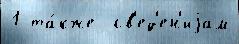
1 та́кже  св'ед'ен'иjам